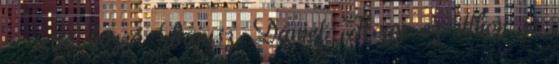
- tette hozzá Bajusz Dániel. Hogy ez itthon is